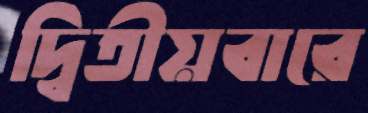
দ্বিতীয়বারে